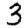
Digit: 3